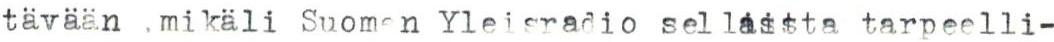
tävään mikäli Suomen Yleisradio sellassta tarpeelli-